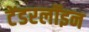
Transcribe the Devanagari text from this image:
टेंडरलॉइन